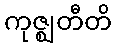
ကုဇ္ဈတီတိ